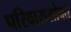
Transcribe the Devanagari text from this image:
परिवारासोबत